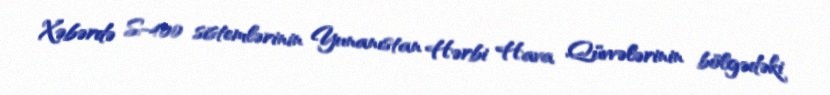
Xəbərdə S-400 sistemlərinin Yunanıstan Hərbi Hava Qüvvələrinin bölgədəki